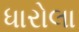
ધારોલા